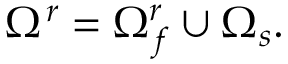
\Omega ^ { r } = \Omega _ { f } ^ { r } \cup \Omega _ { s } .